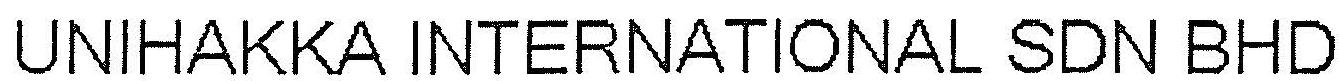
UNIHAKKA INTERNATIONAL SDN BHD